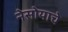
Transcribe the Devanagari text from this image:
नेसोयाचे